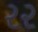
ર૨